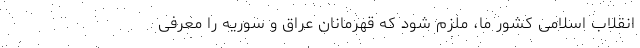
انقلاب اسلامی کشور ما، ملزم شود که قهرمانان عراق و سوریه را معرفی